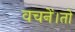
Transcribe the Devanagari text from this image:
वचनें।तो